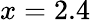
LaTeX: x=2.4